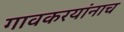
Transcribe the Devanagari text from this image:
गावकरयांनाच